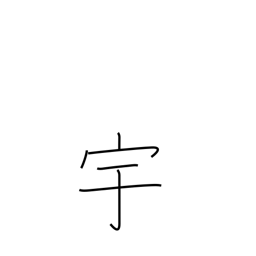
Meaning: house